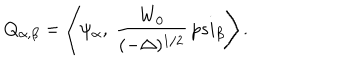
LaTeX: Q _ { \alpha , \beta } = \left< \psi _ { \alpha } , \ { \frac { W _ { 0 } } { ( - \Delta ) ^ { 1 / 2 } } } \, p s i _ { \beta } \right> .